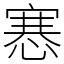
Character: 㥶